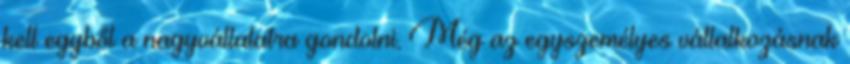
kell egyből a nagyvállalatra gondolni. Még az egyszemélyes vállalkozásnak